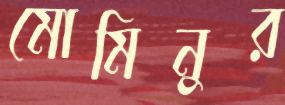
মোমিনুর